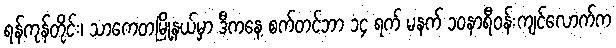
ရန်ကုန်တိုင်း၊ သာကေတမြို့နယ်မှာ ဒီကနေ့ စက်တင်ဘာ ၁၄ ရက် မနက် ၁၀နာရီဝန်းကျင်လောက်က